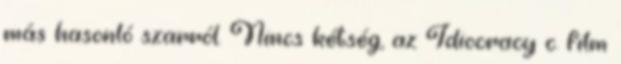
más hasonló szarról. Nincs kétség, az Idiocracy c. film